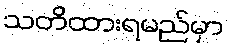
သတိထားရမည်မှာ